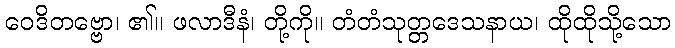
ဝေဒိတဗ္ဗော၊ ၏။ ဖလာဒီနံ၊ တို့ကို။ တံတံသုတ္တဒေသနာယ၊ ထိုထိုသို့သော